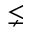
\lneq